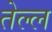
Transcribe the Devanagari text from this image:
तेल्ल